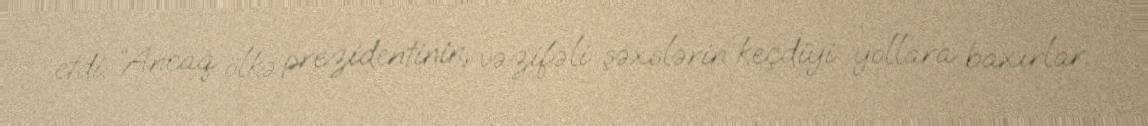
etdi: “Ancaq ölkə prezidentinin, vəzifəli şəxslərin keçdiyi yollara baxırlar.